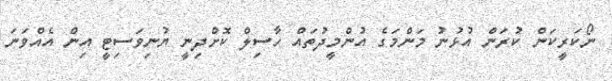
ނޯކަރީކަން ކުރަން އުޅުނު މަންމަގެ އުންމީދުތައް ހާސިލް ކޮށްދިނީ ޔުނިވަސިޓީ އިން އެއްވަނަ